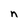
Character: n